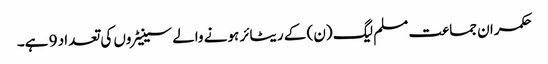
حکمران جماعت مسلم لیگ (ن) کے ریٹائر ہونے والے سینیٹروں کی تعداد 9 ہے۔